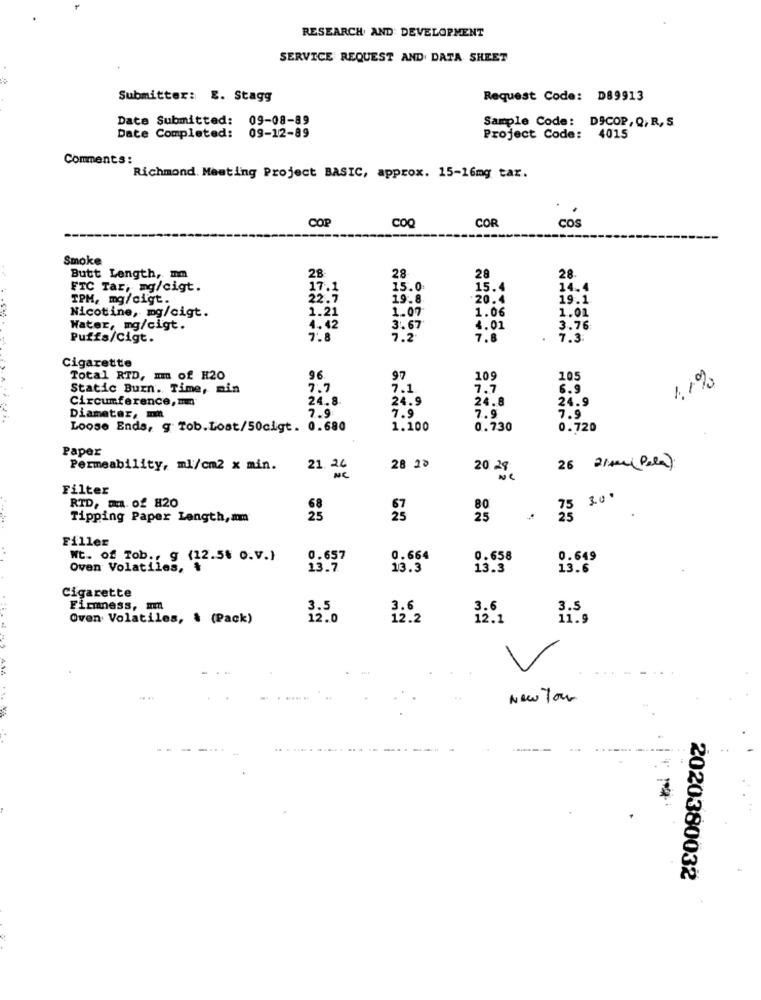
RESEARCH AND DEVELOPMENT
SERVICE REQUEST AND DATA SHEET
Submitter: E. Stagg
Request Code: D89913
Date Submitted: 09-08-89
Sample Code: DSCOP, Q, R,S
Date Completed:
09-12-89
Project Code: 4015
Comments :
Richmond. Meeting Project BASIC, approx. 15-16mg tax.
COP
COQ
COR
COS
Smoke
Butt Length, mm
28
28
28
28.
FTC Tar, mg/cigt.
17.1
15.0
15.4
14.4
TPM, mg/cigt.
22.7
19.8.
:20.4
19.1.
1.21
1.07
1.06
1.01
Nicotine, mg/cigt.
Water, mg/cigt.
4.42
3.67
4.01
3.76
Puffs/Cigt.
7.8
7.2
7.8
7.3:
Cigarette
Total RTD, Im Of H20
96
97
109
105
1,1%
Static Burn. Time, min
7.7
7.1
7.7
6.9
Circumference, mm
24.8
24.9
24.8
24.9
7.9
7.9
Diameter, mm
7.9
7.9
Loose Ends, g Tob. Lost/50cigt. 0.680
1.100
0.730
0.720
Paper
Permeability, ml/cm2 x min.
21.24
28 20
20 29
26 21mm(Pela)
NC
Filter
RTD, Em. of 820
30
75
Tipping Paper Length, am
25
25
Filler
Wt. of Tob ., g (12.5§ o.V.)
0.657
0.664
0.658
0.649
Oven Volatiles,
13.7
13.3
13.3
13.6
Cigarette
Firmness, m
3.5
3.6
3.5
Oven Volatiles, & (Pack)
12.0
12.2
12.1
11.9
New Your
2020380032